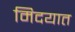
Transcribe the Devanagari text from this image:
मिदयात